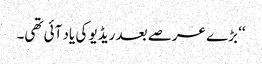
‘‘ بڑے عرصے بعد ریڈیو کی یاد آئی تھی۔